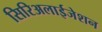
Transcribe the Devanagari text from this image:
सिरिअलाईजेशन